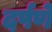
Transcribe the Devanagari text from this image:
दर्पणे